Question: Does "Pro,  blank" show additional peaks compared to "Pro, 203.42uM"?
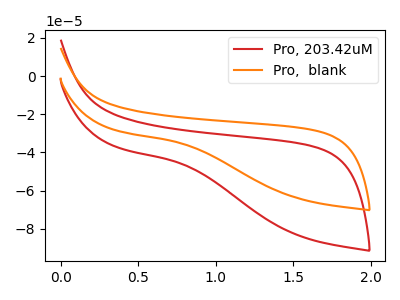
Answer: <think>The red curve "Pro, 203.42uM" has no peaks. The orange curve "Pro,  blank" has no peaks.
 Neither "Pro,  blank" or "Pro, 203.42uM" have any peaks.</think>
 <answer>No, "Pro,  blank" and "Pro, 203.42uM" don't appear to be significantly different in shape</answer>
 <eval>no_change</eval>